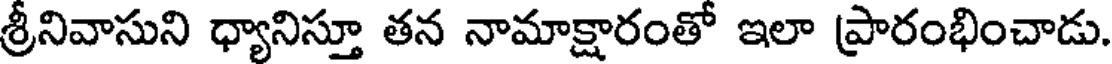
శ్రీనివాసుని ధ్యానిస్తూ తన నామాక్షారంతో ఇలా ప్రారంభించాడు.